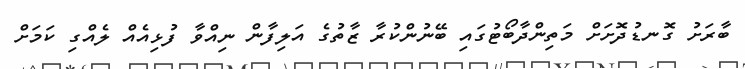
ބާރަށު ގޮނޑުދޮށަށް މަތިންދާބޯޓުގައި ބޭނުންކުރާ ޒާތުގެ އަލިފާން ނިއްވާ ފުޅިއެއް ލެއްގި ކަމަށް